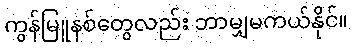
ကွန်မြူနစ်တွေလည်း ဘာမျှမကယ်နိုင်။